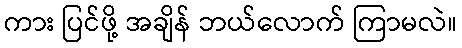
ကား ပြင်ဖို့ အချိန် ဘယ်လောက် ကြာမလဲ။